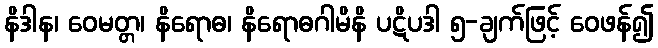
နိဒါန၊ ဝေမတ္တ၊ နိရောဓ၊ နိရောဓဂါမိနိ ပဋိပဒါ ၅-ချက်ဖြင့် ဝေဖန်၍